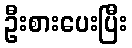
ဦးစားပေးပြီး